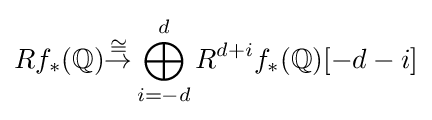
Rf_{*}(\mathbb {Q} ){\stackrel {\cong }{\to }}\bigoplus _{i=-d}^{d}R^{d+i}f_{*}(\mathbb {Q} )[-d-i]